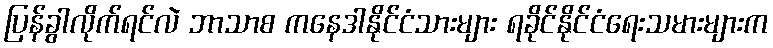
ပြန်ခွါလိုက်ရင်လဲ ဘာသာစ ကနေဒါနိုင်ငံသားများ ရခိုင်နိုင်ငံရေးသမားများက